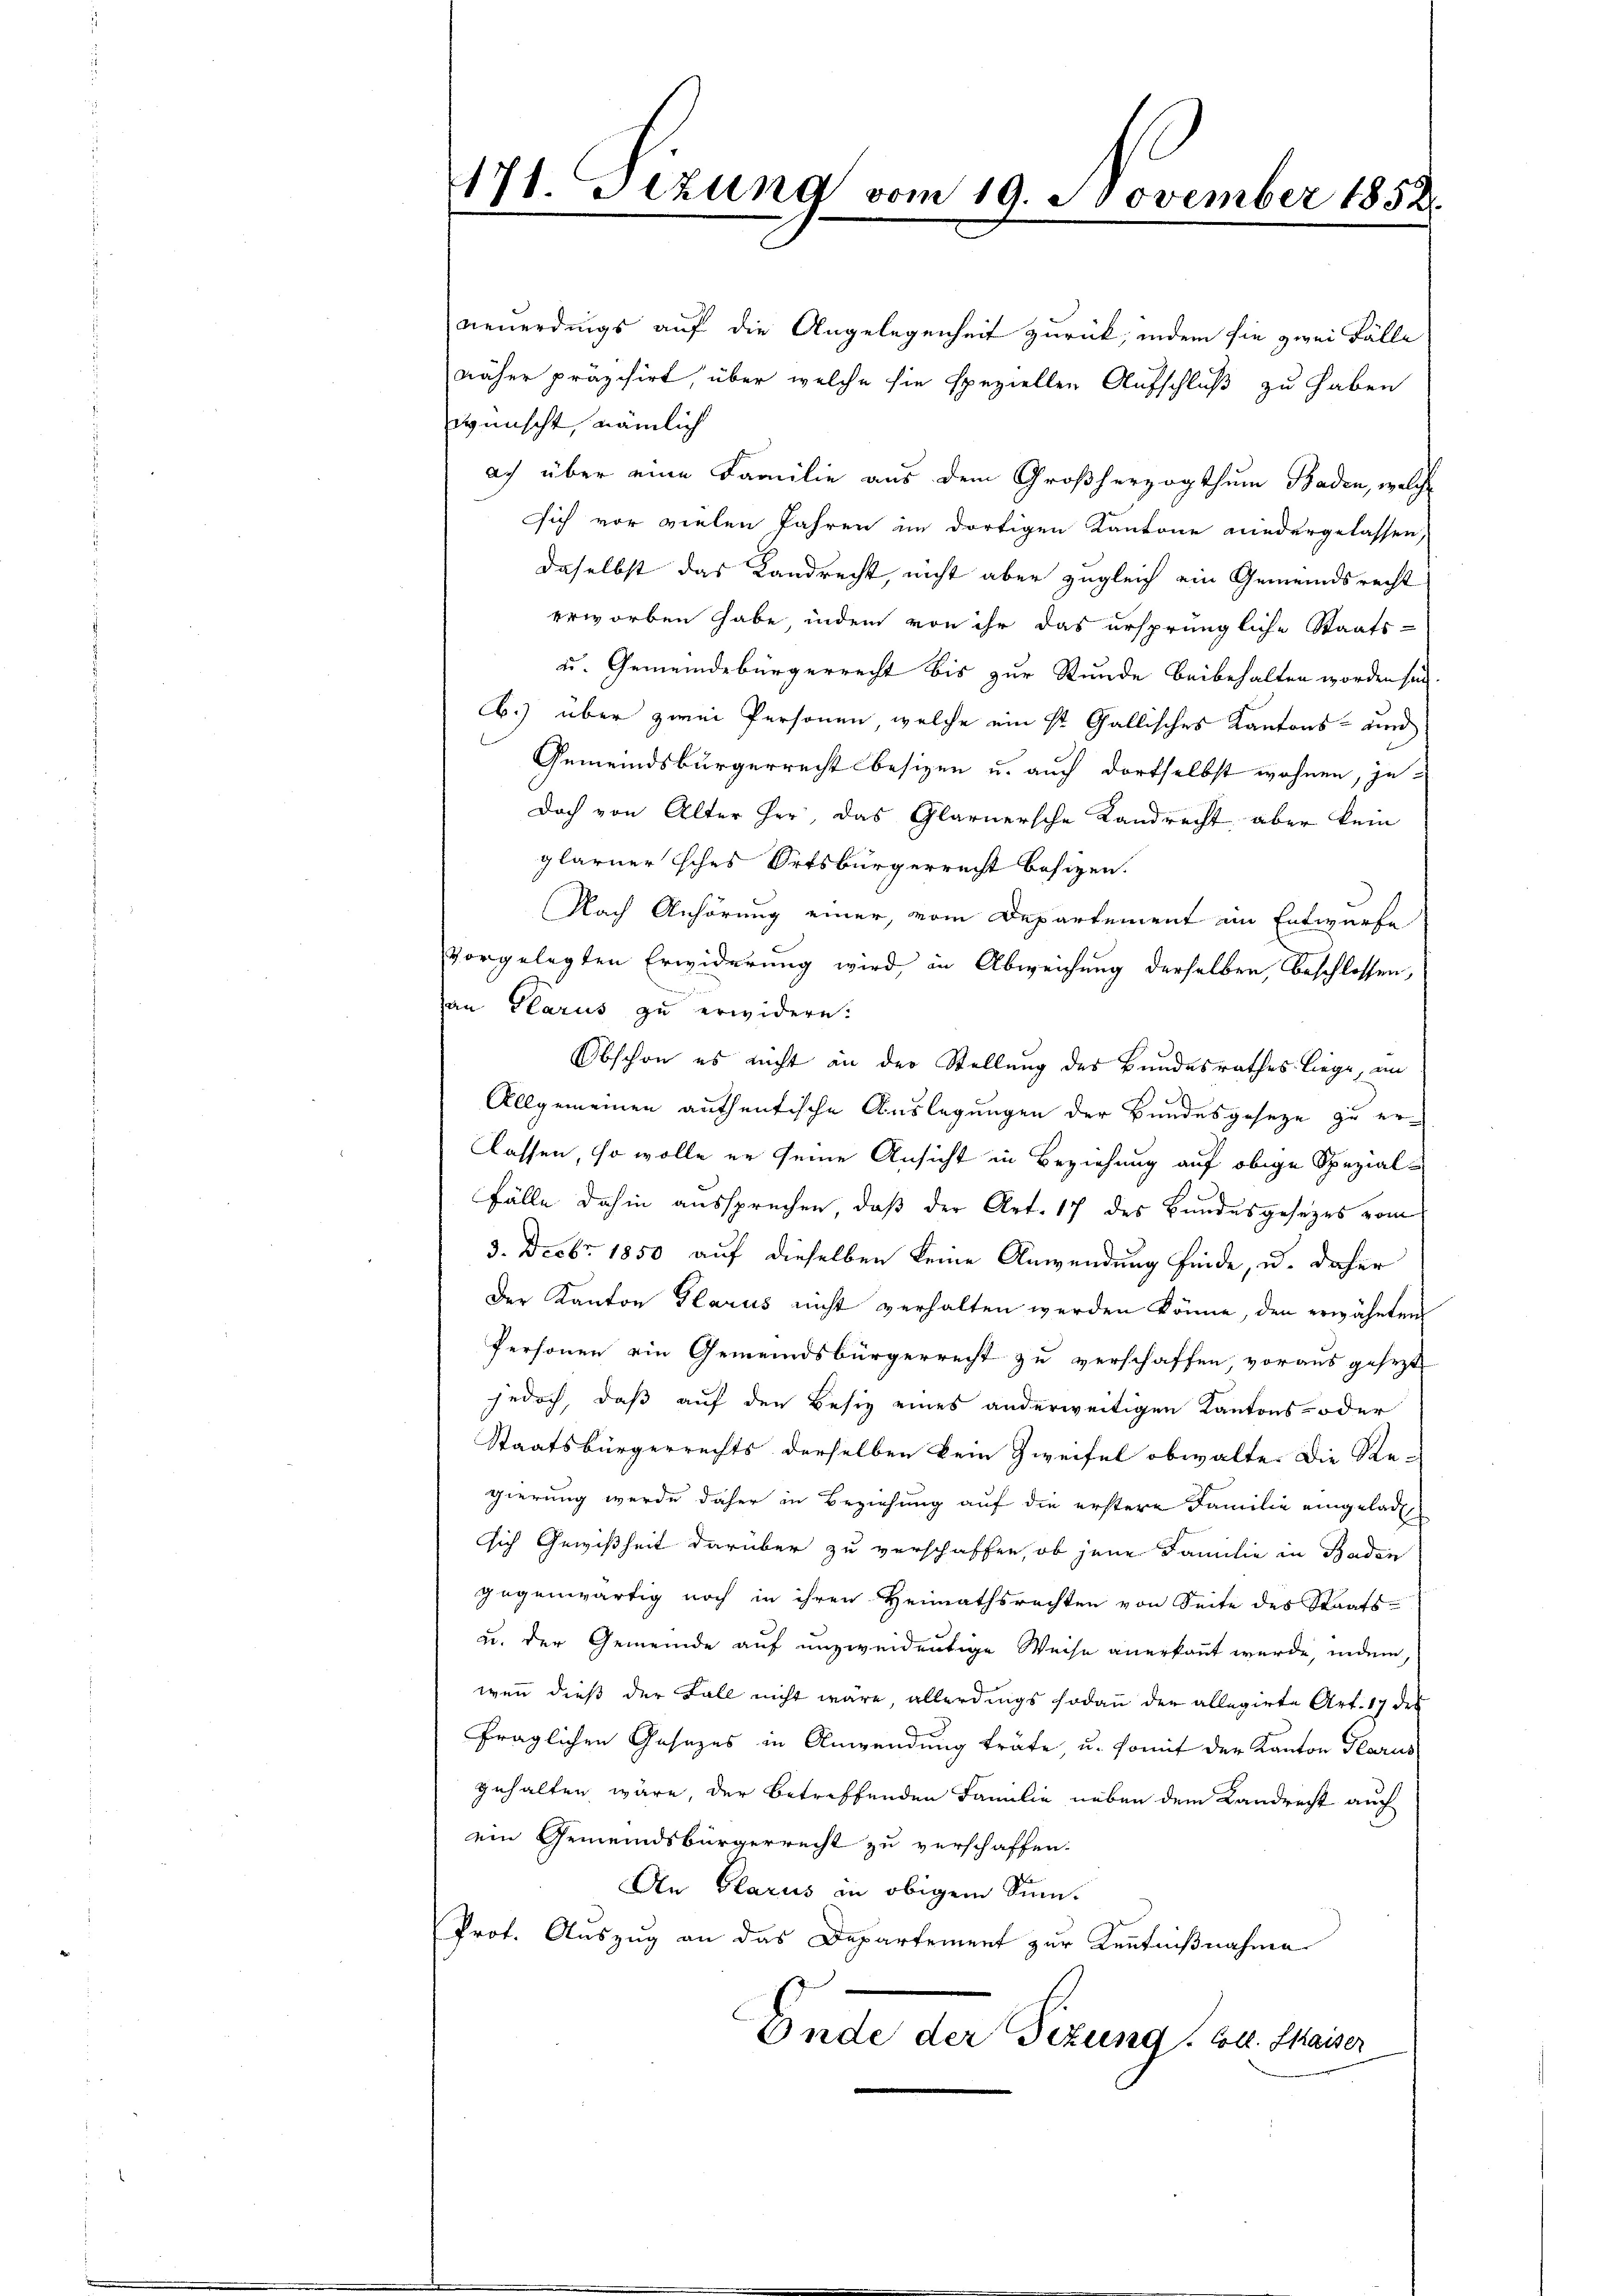
171. Setzung vom 19. November 1858

neuerdings auf die Angelegenheit zurück, indem sie zwei Fälle
näher präzisirt, über welche sie speziellen Aufschluß zu haben
wünscht, nämlich
ach über eine Familie aus dem Großherzogthum Baden, welche
sich vor vielen Jahren im dortigen Kantone niedergelassen,
daselbst das Landrecht, nicht aber zugleich ein Gemeindsrecht
erworben habe, indem von ihr das ursprüngliche Staats-
u. Gemeindebürgerrecht bis zur Stunde beibehalten worden sein
b.) über zwei Personen, welche ein St. Gallisches Kantons- und
Gemeindsbürgerrecht besizen u. auch dortselbst wohnen, je¬
Doch von Alter her, das Glarnersche Landrecht aber kein
glarner sches Ortsbürgerrecht besizen.
Nach Anhörung einer, vom Departement im Entwurfe
vorgelegten Erwiderung wird, in Abweichung derselben, beschlossen,
an Glarus zu erwidern.
Obschon es nicht an der Stellung des Bundesrathes liege, an
Allgemeinen authentische Auslegungen der Bundesgeseze zu er¬
Classen, so wolle er seine Ansicht in Beziehung auf obige Spezial¬
Fälle dahin aussprechen, daß der Art. 17 des Bundesgesezes vom
3. Decbr. 1850 auf dieselben keine Anwendung finde, u. daher
Der Kanton Glarus nicht verhalten werden könne, den erwähnten
Personen ein Gemeindsbürgerrecht zu verschaffen vorausgesezt
jedoch, daß auf den Besiz eines anderweitigen Kantons- oder
Staatsbürgerrechts derselben kein Zweifel obwalte. Die Re-
gierung werde daher in Beziehung auf die erstere Familie eingelade
sich Gewißheit darüber zu verschaffen, ob jene Familie in Baden
gegenwärtig noch in ihren Heimathsrechten von Seite des Staats-
u. der Gemeinde auf unzweidentige Weise anerkannt wurde, indem
wenn dieß der Fall nicht wäre, allerdings sodann der allegirte Art. 17 des
fraglichen Gesezes in Anwendung träfe, u. somit der Kanton Glarus
gehalten wäre, der betreffenden Familie neben dem Landrest auch
ein Gemeindsbürgerrecht zu verschaffen.
An Glarus in obigem Sinn.
Prot. Auszug an das Departement zur Kenntnißnahme
Ende der Fezung. Bl. Kaiser